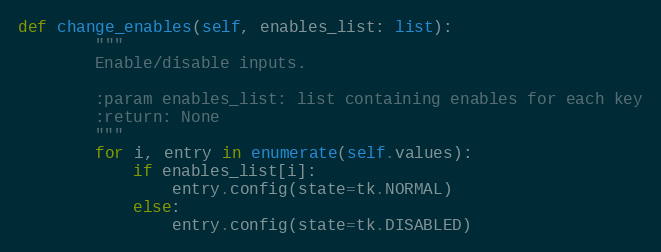
Language: Python
def change_enables(self, enables_list: list):
        """
        Enable/disable inputs.

        :param enables_list: list containing enables for each key
        :return: None
        """
        for i, entry in enumerate(self.values):
            if enables_list[i]:
                entry.config(state=tk.NORMAL)
            else:
                entry.config(state=tk.DISABLED)